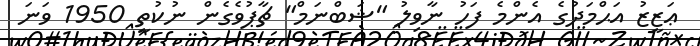
ޢަޒީޒު އަޙްމަދުގެ އެންމެ ފަހު ނާވިލު "ޝަބްނަމް" ޗާޕުވެގެން ނުކުތީ 1950 ވަނަ